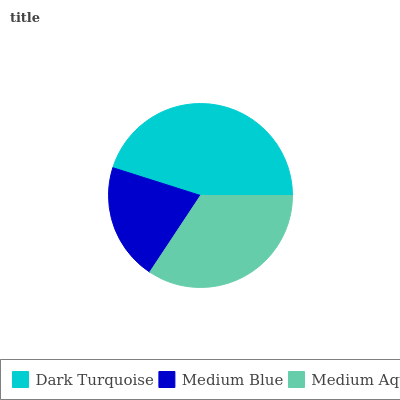
| Dark Turquoise | Medium Blue | Medium Aqua |
 | --- | --- | --- |
 | 45.1% | 20.5% | 34.4% |